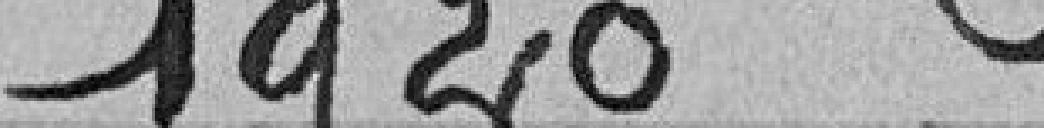
1920